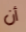
أن